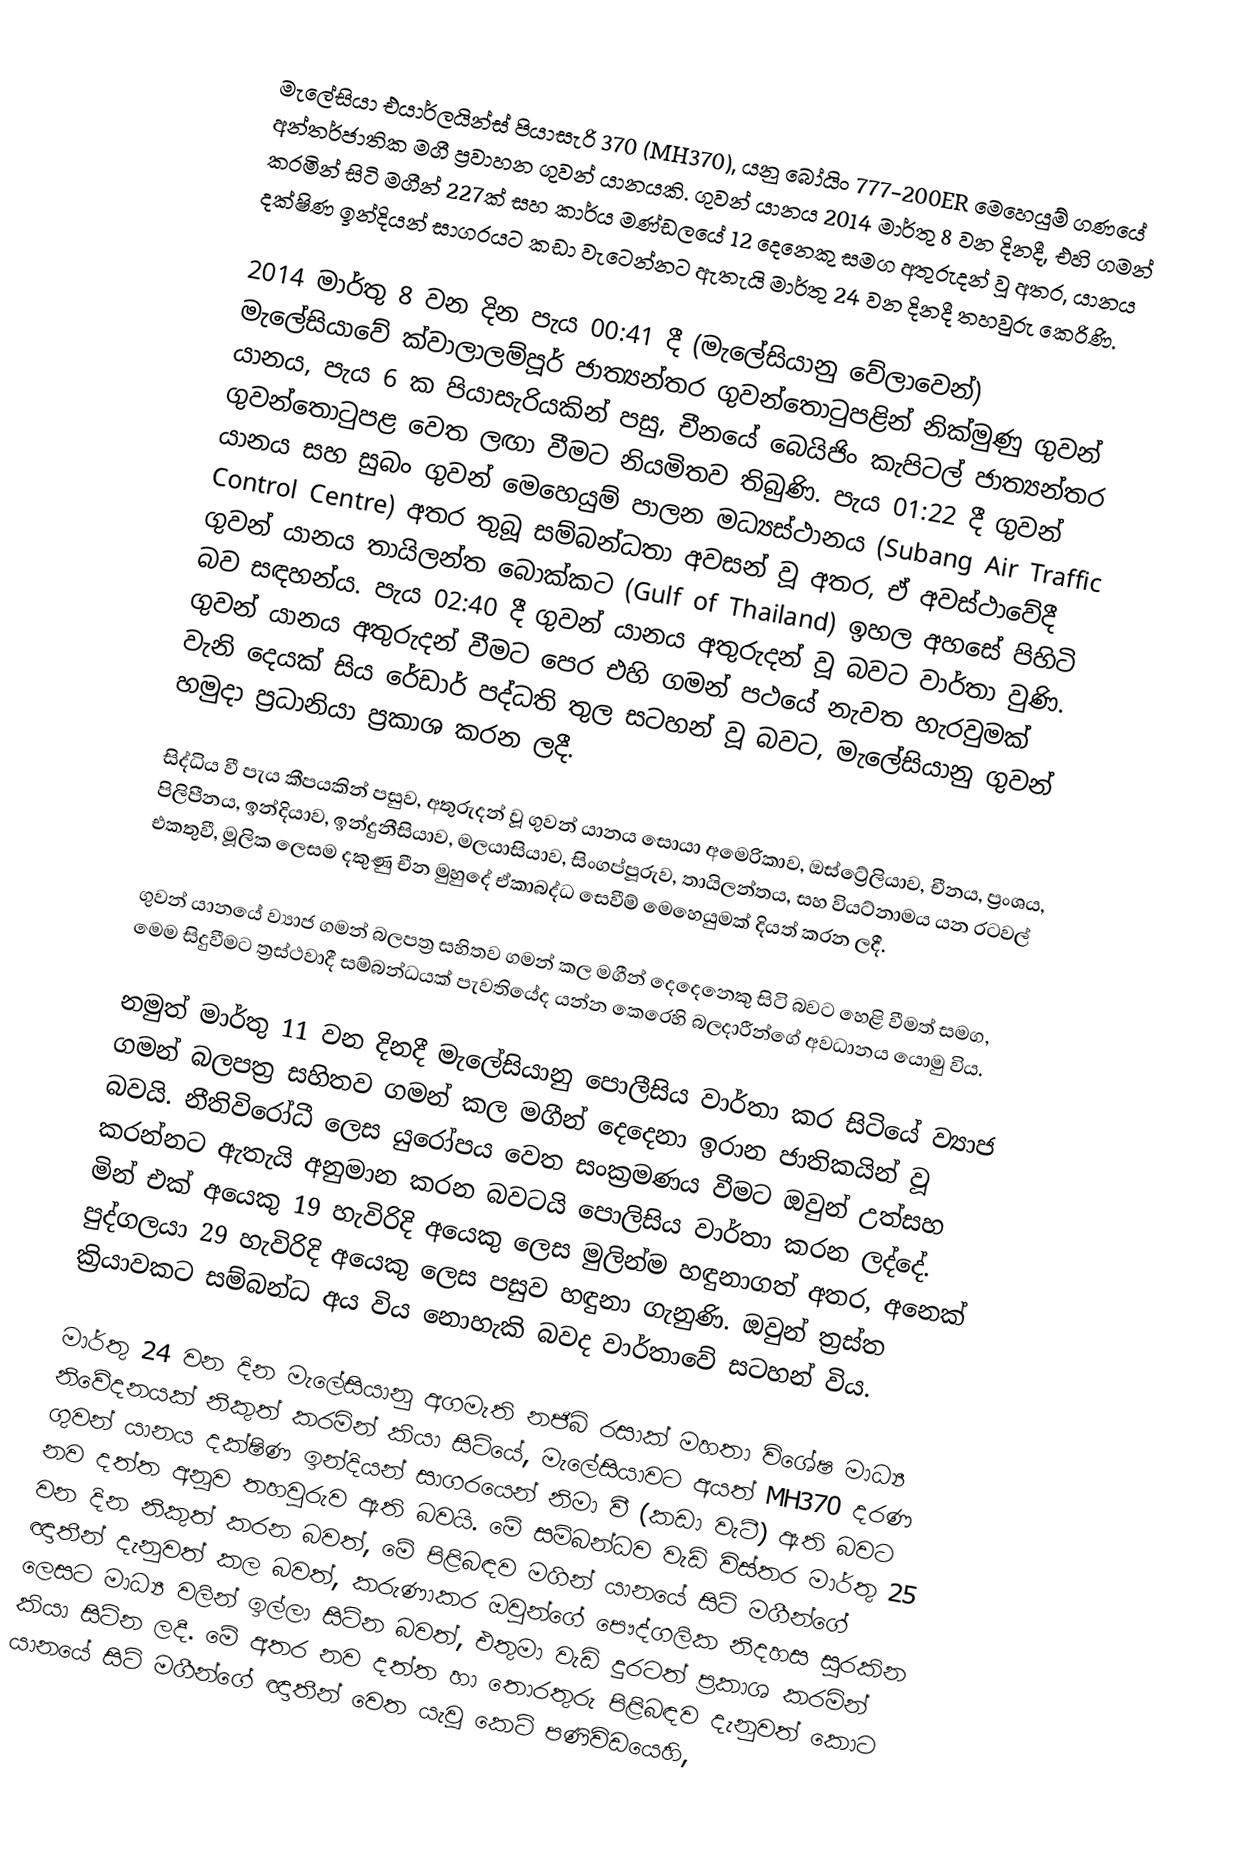
මැලේසියා එයාර්ලයින්ස් පියාසැරි 370 (MH370), යනු බෝයිං 777-200ER මෙහෙයුම් ගණයේ අන්තර්ජාතික මගී ප්‍රවාහන ගුවන් යානයකි. ගුවන් යානය 2014 මාර්තු 8 වන දිනදී, එහි ගමන් කරමින් සිටි මගීන් 227ක් සහ කාර්ය මණ්ඩලයේ 12 දෙනෙකු සමග අතුරුදන් වූ අතර, යානය දක්ෂිණ ඉන්දියන් සාගරයට කඩා වැටෙන්නට ඇතැයි මාර්තු 24 වන දිනදී තහවුරු කෙරිණි.

2014 මාර්තු 8 වන දින පැය 00:41 දී (මැලේසියානු වේලාවෙන්) මැලේසියාවේ ක්වාලාලම්පූර් ජාත්‍යන්තර ගුවන්තොටුපළින් නික්මුණු ගුවන් යානය, පැය 6 ක පියාසැරියකින් පසු, චීනයේ බෙයිජිං කැපිටල් ජාත්‍යන්තර ගුවන්තොටුපළ වෙත ලඟා වීමට නියමිතව තිබුණි. පැය 01:22 දී ගුවන් යානය සහ සුබං ගුවන් මෙහෙයුම් පාලන මධ්‍යස්ථානය (Subang Air Traffic Control Centre) අතර තුබූ සම්බන්ධතා අවසන් වූ අතර, ඒ අවස්ථාවේදී ගුවන් යානය තායිලන්ත බොක්කට (Gulf of Thailand) ඉහල අහසේ පිහිටි බව සඳහන්ය. පැය 02:40 දී ගුවන් යානය අතුරුදන් වූ බවට වාර්තා වුණි. ගුවන් යානය අතුරුදන් වීමට පෙර එහි ගමන් පථයේ නැවත හැරවුමක් වැනි දෙයක් සිය රේඩාර් පද්ධති තුල සටහන් වූ බවට, මැලේසියානු ගුවන් හමුදා ප්‍රධානියා ප්‍රකාශ කරන ලදී.

සිද්ධිය වී පැය කීපයකින් පසුව, අතුරුදන් වූ ගුවන් යානය සොයා අමෙරිකාව, ඔස්ට්‍රේලියාව, චීනය, ප්‍රංශය, පිලිපීනය, ඉන්දියාව, ඉන්දුනීසියාව, මලයාසියාව, සිංගප්පූරුව, තායිලන්තය, සහ වියට්නාමය යන රටවල් එකතුවී, මූලික ලෙසම දකුණු චීන මුහුදේ ඒකාබද්ධ සෙවීම් මෙහෙයුමක් දියත් කරන ලදී.

ගුවන් යානයේ ව්‍යාජ ගමන් බලපත්‍ර සහිතව ගමන් කල මගීන් දෙදෙනෙකු සිටි බවට හෙළි වීමත් සමග, මෙම සිදුවීමට ත්‍රස්ථවාදී සම්බන්ධයක් පැවතියේද යන්න කෙරෙහි බලදාරීන්ගේ අවධානය යොමු විය.

නමුත් මාර්තු 11 වන දිනදී මැලේසියානු පොලීසිය වාර්තා කර සිටියේ ව්‍යාජ ගමන් බලපත්‍ර සහිතව ගමන් කල මගීන් දෙදෙනා ඉරාන ජාතිකයින් වූ බවයි. නීතිවිරෝධී ලෙස යුරෝපය වෙත සංක්‍රමණය වීමට ඔවුන් උත්සහ කරන්නට ඇතැයි අනුමාන කරන බවටයි පොලිසිය වාර්තා කරන ලද්දේ. මින් එක් අයෙකු 19 හැවිරිදි අයෙකු ලෙස මුලින්ම හඳුනාගත් අතර, අනෙක් පුද්ගලයා 29 හැවිරිදි අයෙකු ලෙස පසුව හඳුනා ගැනුණි. ඔවුන් ත්‍රස්ත ක්‍රියාවකට සම්බන්ධ අය විය නොහැකි බවද වාර්තාවේ සටහන් විය.

මාර්තු 24 වන දින මැලේසියානු අගමැති නජිබ් රසාක් මහතා විශේෂ මාධ්‍ය නිවේදනයක් නිකුත් කරමින් කියා සිටියේ, මැලේසියාවට අයත් MH370 දරණ ගුවන් යානය දක්ෂිණ ඉන්දියන් සාගරයෙන් නිමා වී (කඩා වැටී) ඇති බවට නව දත්ත අනූව තහවුරුව ඇති බවයි. මේ සම්බන්ධව වැඩි විස්තර මාර්තු 25 වන දින නිකුත් කරන බවත්, මේ පිළිබඳව මගින් යානයේ සිටි මගීන්ගේ ඥාතීන් දැනුවත් කල බවත්, කරුණාකර ඔවුන්ගේ පෞද්ගලික නිදහස සුරකින ලෙසට මාධ්‍ය වලින් ඉල්ලා සිටින බවත්, එතුමා වැඩි දුරටත් ප්‍රකාශ කරමින් කියා සිටින ලදී. මේ අතර නව දත්ත හා තොරතුරු පිළිබඳව දැනුවත් කොට යානයේ සිටි මගීන්ගේ ඥාතීන් වෙත යැවූ කෙටි පණිවිඩයෙහි,